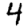
Digit: 4